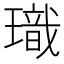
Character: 𪼞